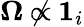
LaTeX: \boldsymbol{\Omega}\not\propto\boldsymbol{1}_{i}